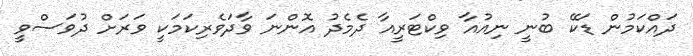
ދައްކަމުން ޑަކޭ ބުނީ ނިއުއާ ވިކްޓަރީއާ ދެމެދު އޮންނަ ވާދަވެރިކަމަކީ ވަރަށް ދުވަސްވީ